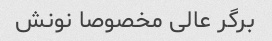
برگر عالی مخصوصا نونش